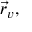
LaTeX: { \vec { r } } _ { v } ,